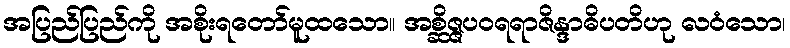
အပြည်ပြည်ကို အစိုးရတော်မူထသော။ အစ္ဆိဇ္ဇပဝရရာဇိန္ဒာဓိပတိဟု လဝံသော၊